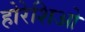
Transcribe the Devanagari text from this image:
होरेशिओ